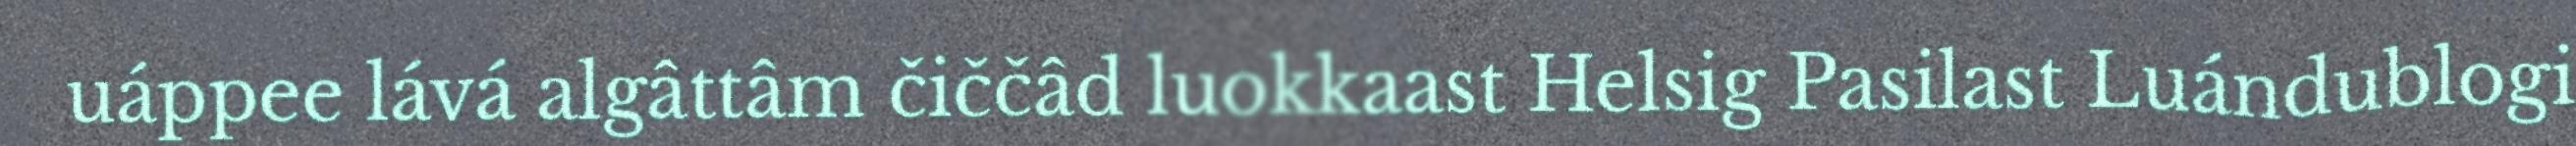
uáppee lává algâttâm čiččâd luokkaast Helsig Pasilast Luándublogi